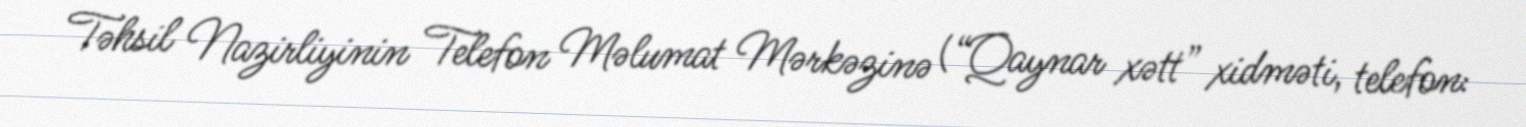
Təhsil Nazirliyinin Telefon Məlumat Mərkəzinə (“Qaynar xətt” xidməti, telefon: